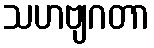
သဟဗျဂတာ